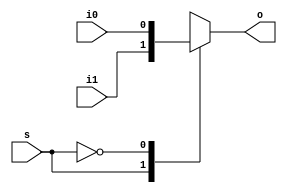
module MuxCase(i0 , i1 , s , o);
	
	input i0 , i1 , s;
	output reg o;
	
	always @(i0 , i1 , s)  
	 begin
		case(s)
			1: o=i1;
			0: o=i0;
		endcase
	 end
endmodule